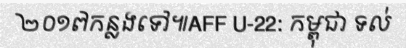
២០១៧កន្លងទៅ៕AFF U-22: កម្ពុជា ទល់